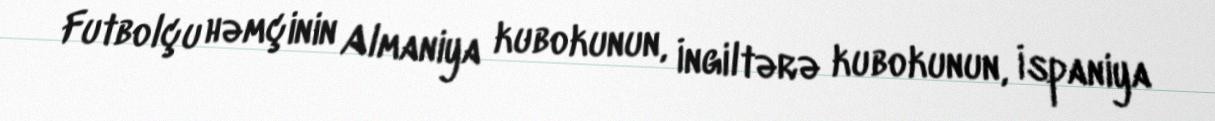
Futbolçu həmçinin Almaniya kubokunun, İngiltərə kubokunun, İspaniya